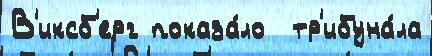
В'иксб'ерг показа́ло  тр'ибуна́ла